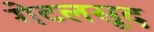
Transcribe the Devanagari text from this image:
गेटलसूद